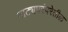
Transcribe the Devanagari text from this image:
नाट्यपरंपरेतील